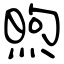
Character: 煦